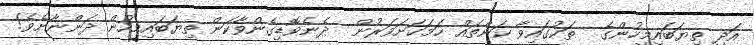
އަދި ތިޔަބައިމީހުންގެ  ތަކުގައިވާ ކަންތައް ހަމަކަށަވަރުން  ދެނެވޮޑިގެންވާކަން ތިޔަބައިމީހުން ދަންނާށެވެ!